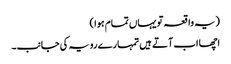
(یہ واقعہ تو یہاں تمام ہوا )
اچھا اب آتے ہیں تمہارے رویہ کی جانب۔